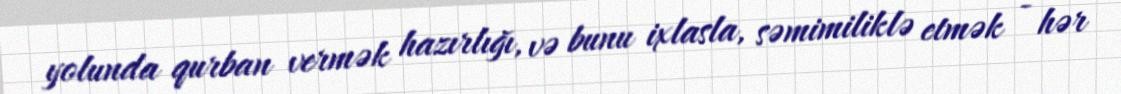
yolunda qurban vermək hazırlığı, və bunu ixlasla, səmimiliklə etmək - hər